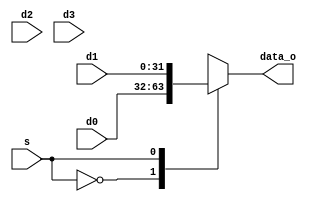
module MUX(d0, d1, d2, d3, s, data_o);
  input [31:0] d0;
  input [31:0] d1;
  input [31:0] d2;
  input [31:0] d3;
  parameter width = 1;
  input [width-1:0]  s;//signal
  output [31:0] data_o;
  reg [31:0] data;
  always@(*)
  begin
    if (width == 1)
      case (s)
        1'b0: data <= d0;
        1'b1: data <= d1;
        default: data <= 1'b0;
      endcase
    if (width == 2)
      case(s)
        2'b00: data <= d0;
        2'b01: data <= d1;
        2'b10: data <= d2;
        2'b11: data <= d3;
        default: data <= 2'b0;
      endcase
  end
  assign data_o = data;
endmodule